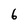
Character: 6